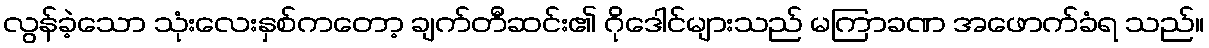
လွန်ခဲ့သော သုံးလေးနှစ်ကတော့ ချက်တီဆင်း၏ ဂိုဒေါင်များသည် မကြာခဏ အဖောက်ခံရ သည်။